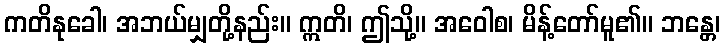
ကတိနုခေါ၊ အဘယ်မျှတို့နည်း။ ဣတိ၊ ဤသို့။ အဝေါစ၊ မိန့်တော်မူ၏။ ဘန္တေ၊